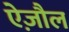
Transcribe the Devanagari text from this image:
ऐज़ौल